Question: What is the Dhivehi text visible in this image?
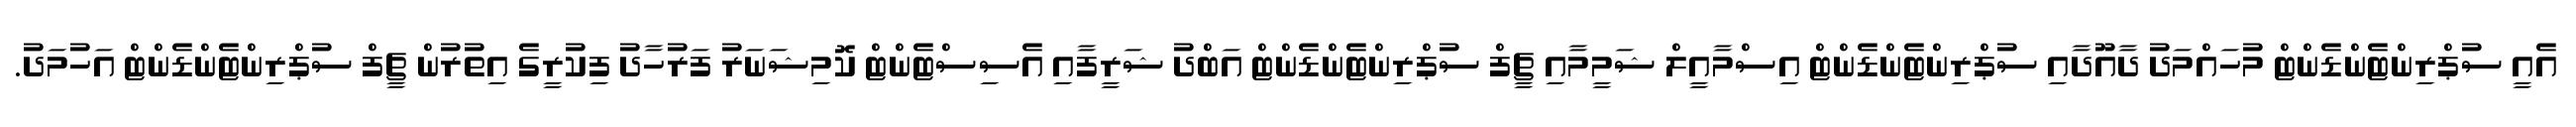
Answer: އެއީ ސުޕްރިންޓެންޑެންޓް މުހައްމަދު ދާއޫދާއި ސުޕްރިންޓެންޑެންޓް އިސްމާއީލް ޝަމީމާއި ޗީފް ސުޕްރިންޓެންޑެންޓް އަބްދު ޝަރީފާއި އެސިސްޓެންޓް ކޮމިޝަނަރު ފަރުހާދު ފިކުރީގެ އިތުރުން ޗީފް ސުޕްރިންޓެންޑެންޓް އަހުމަދު.